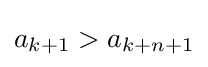
a_{k+1}>a_{k+n+1}